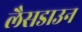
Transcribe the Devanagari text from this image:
लैसडाउन